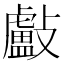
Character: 㪭